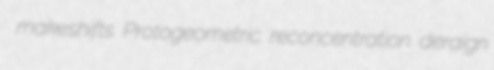
makeshifts Protogeometric reconcentration deraign